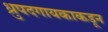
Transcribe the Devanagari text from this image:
ध्रुपदगायकाकडून